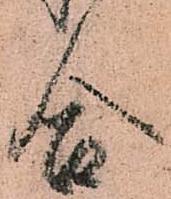
合